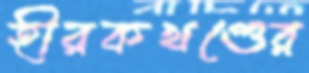
হীরকখণ্ডের